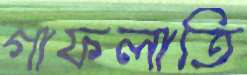
গাফলাতি